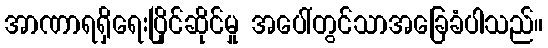
အာဏာရရှိရေးပြိုင်ဆိုင်မှု အပေါ်တွင်သာအခြေခံပါသည်။